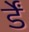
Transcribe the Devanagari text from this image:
र्डें